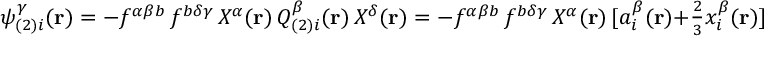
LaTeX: \psi _ { ( 2 ) i } ^ { \gamma } ( { \bf { r } } ) = - f ^ { \alpha \beta b } \, f ^ { b \delta \gamma } \, { \cal { X } } ^ { \alpha } ( { \bf { r } } ) \, { \cal { Q } } _ { ( 2 ) i } ^ { \beta } ( { \bf { r } } ) \, { \cal { X } } ^ { \delta } ( { \bf { r } } ) = - f ^ { \alpha \beta b } \, f ^ { b \delta \gamma } \, { \cal { X } } ^ { \alpha } ( { \bf { r } } ) \, [ a _ { i } ^ { \beta } ( { \bf { r } } ) + { \textstyle \frac { 2 } { 3 } } x _ { i } ^ { \beta } ( { \bf { r } } ) ] \, { \cal { X } } ^ { \delta } ( { \bf { r } } ) \; ,